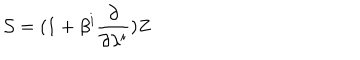
LaTeX: { \cal S } = ( 1 + \beta ^ { i } \frac { \partial } { \partial \lambda ^ { i } } ) Z